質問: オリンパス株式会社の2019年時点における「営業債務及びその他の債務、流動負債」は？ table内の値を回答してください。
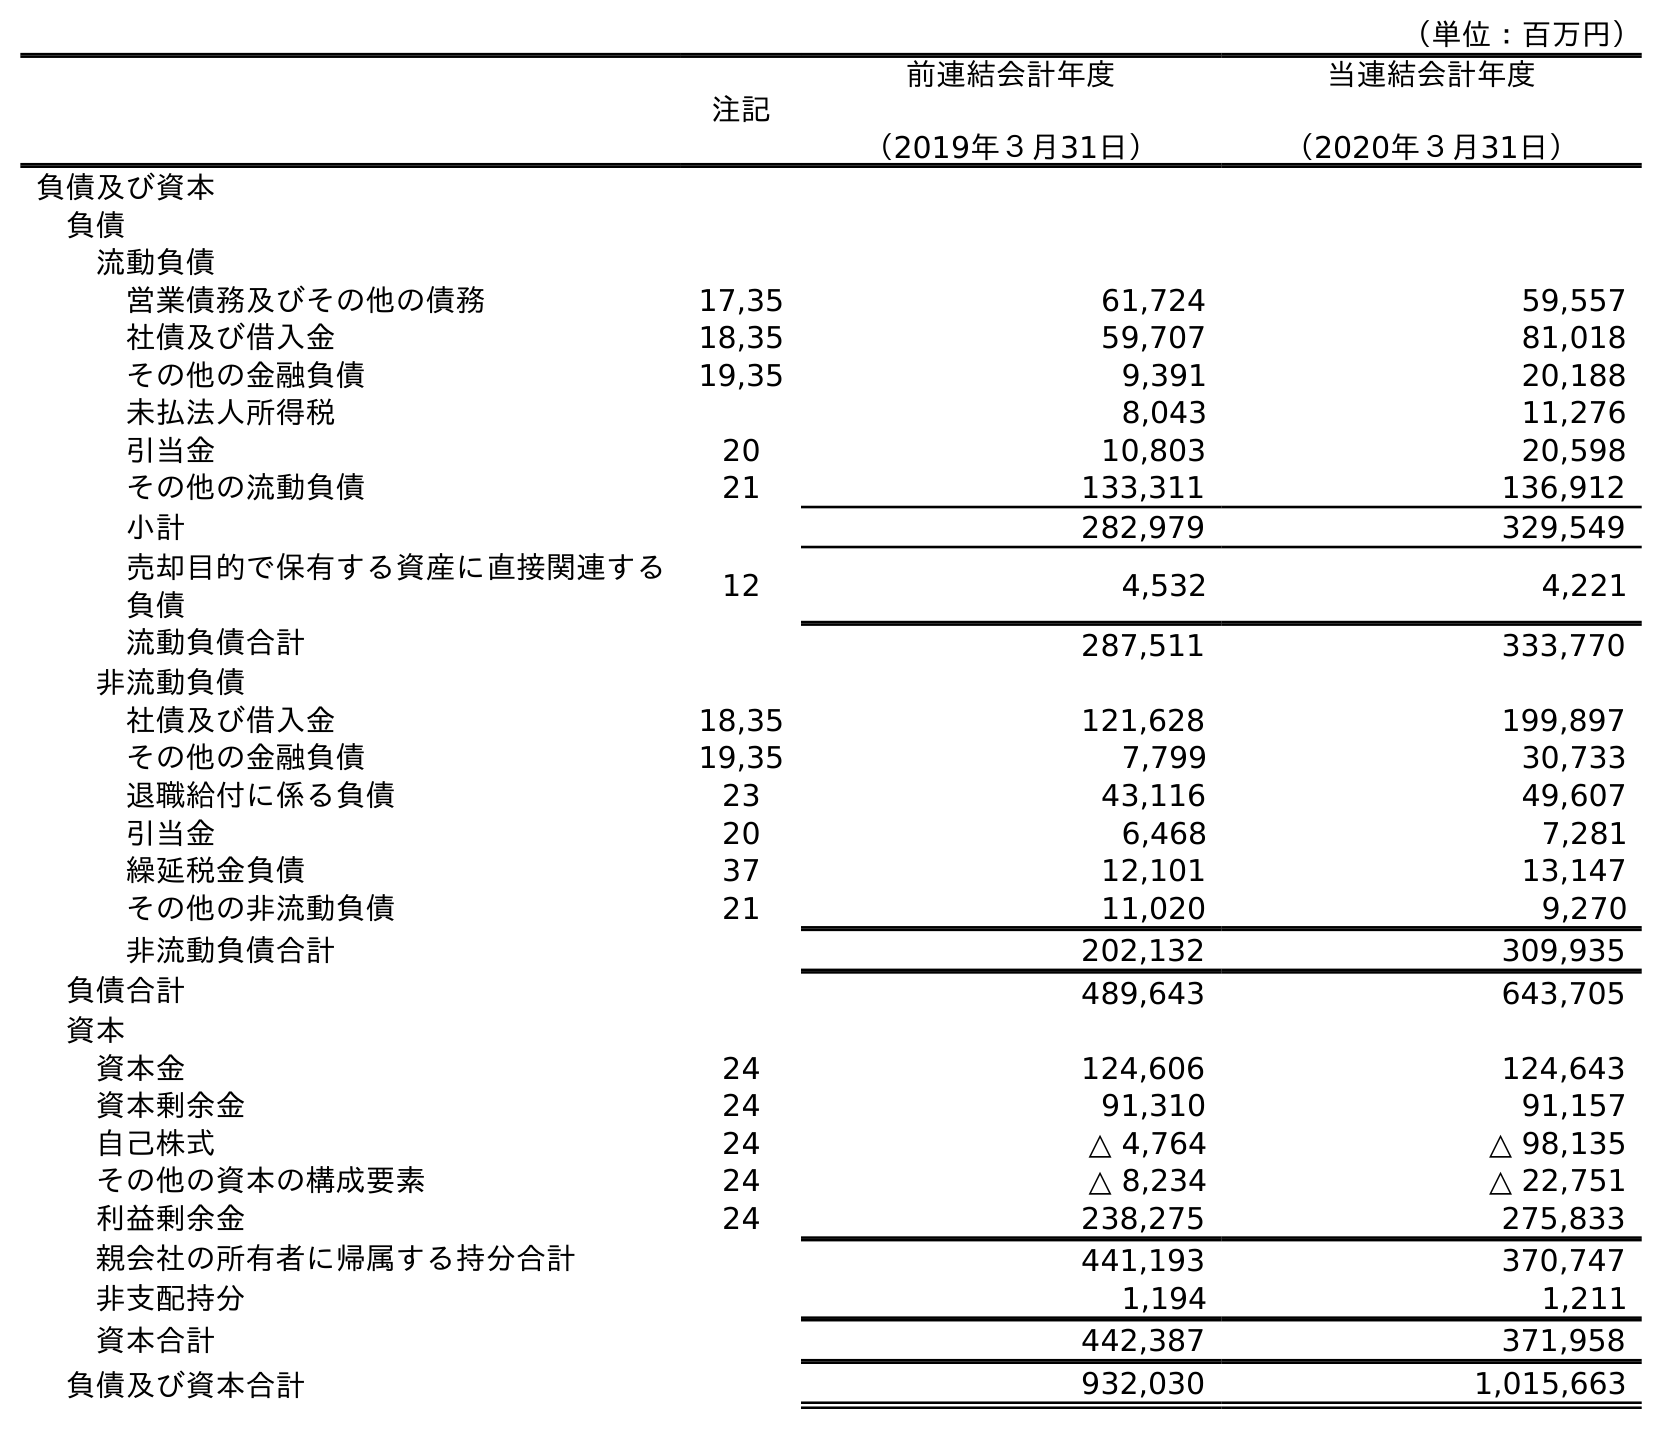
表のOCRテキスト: （単位：百万円） 注記 前連結会計年度 （2019年３月31日） 当連結会計年度 （2020年３月31日） 負債及び資本 負債 流動負債 営業債務及びその他の債務 17,35 61,724 59,557 社債及び借入金 18,35 59,707 81,018 その他の金融負債 19,35 9,391 20,188 未払法人所得税 8,043 11,276 引当金 20 10,803 20,598 その他の流動負債 21 133,311 136,912 小計 282,979 329,549 売却目的で保有する資産に直接関連する 負債 12 4,532 4,221 流動負債合計 287,511 333,770 非流動負債 社債及び借入金 18,35 121,628 199,897 その他の金融負債 19,35 7,799 30,733 退職給付に係る負債 23 43,116 49,607 引当金 20 6,468 7,281 繰延税金負債 37 12,101 13,147 その他の非流動負債 21 11,020 9,270 非流動負債合計 202,132 309,935 負債合計 489,643 643,705 資本 資本金 24 124,606 124,643 資本剰余金 24 91,310 91,157 自己株式 24 △ 4,764 △ 98,135 その他の資本の構成要素 24 △ 8,234 △ 22,751 利益剰余金 24 238,275 275,833 親会社の所有者に帰属する持分合計 441,193 370,747 非支配持分 1,194 1,211 資本合計 442,387 371,958 負債及び資本合計 932,030 1,015,663
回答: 61,724